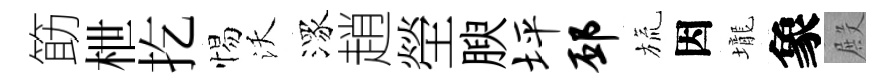
筯枻扢惕沃潈趙塋腴坪邳旒因壠象殿